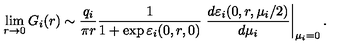
\lim _ { r \rightarrow 0 } G _ { i } ( r ) \sim \frac { q _ { i } } { \pi r } \frac { 1 } { 1 + \exp \varepsilon _ { i } ( 0 , r , 0 ) } \left. \frac { d \varepsilon _ { i } ( 0 , r , \mu _ { i } / 2 ) } { d \mu _ { i } } \right\vert _ { \mu _ { i } = 0 } .